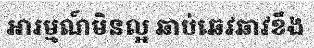
អារម្មណ៍មិនល្អ ឆាប់ឆេវឆាវខឹង